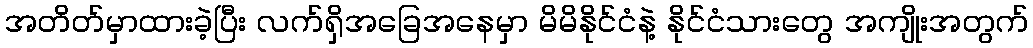
အတိတ်မှာထားခဲ့ပြီး လက်ရှိအခြေအနေမှာ မိမိနိုင်ငံနဲ့ နိုင်ငံသားတွေ အကျိုးအတွက်